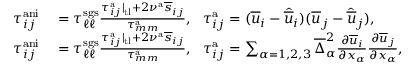
\begin{array} { r l } { \tau _ { i j } ^ { \mathrm { a n i } } } & { { } = \tau _ { \ell \ell } ^ { \mathrm { s g s } } \frac { \tau _ { i j } ^ { \mathrm { a } } | _ { \mathrm { t l } } + 2 \nu ^ { \mathrm { a } } \overline { { s } } _ { i j } } { \tau _ { m m } ^ { \mathrm { a } } } , \ \ \tau _ { i j } ^ { \mathrm { a } } = ( \overline { { u } } _ { i } - \widehat { \overline { { u } } } _ { i } ) ( \overline { { u } } _ { j } - \widehat { \overline { { u } } } _ { j } ) , } \\ { \tau _ { i j } ^ { \mathrm { a n i } } } & { { } = \tau _ { \ell \ell } ^ { \mathrm { s g s } } \frac { \tau _ { i j } ^ { \mathrm { a } } | _ { \mathrm { t l } } + 2 \nu ^ { \mathrm { a } } \overline { { s } } _ { i j } } { \tau _ { m m } ^ { \mathrm { a } } } , \ \ \tau _ { i j } ^ { \mathrm { a } } = \sum _ { \alpha = 1 , 2 , 3 } \overline { { \Delta } } _ { \alpha } ^ { 2 } \frac { \partial \overline { { u } } _ { i } } { \partial x _ { \alpha } } \frac { \partial \overline { { u } } _ { j } } { \partial x _ { \alpha } } , } \end{array}